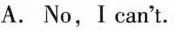
A. No,I can't.